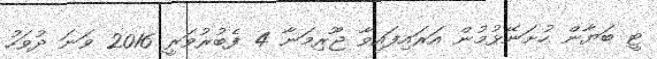
ޓީ ބަޔާން ހުށަނޭޅުމުން އަރައިފައިވާ ޖޫރިމަނާ 4 ފެބުރުވަރީ 2016 ވަނަ ދުވަހު